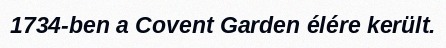
1734-ben a Covent Garden élére került.